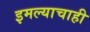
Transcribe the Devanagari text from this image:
इमल्याचाही